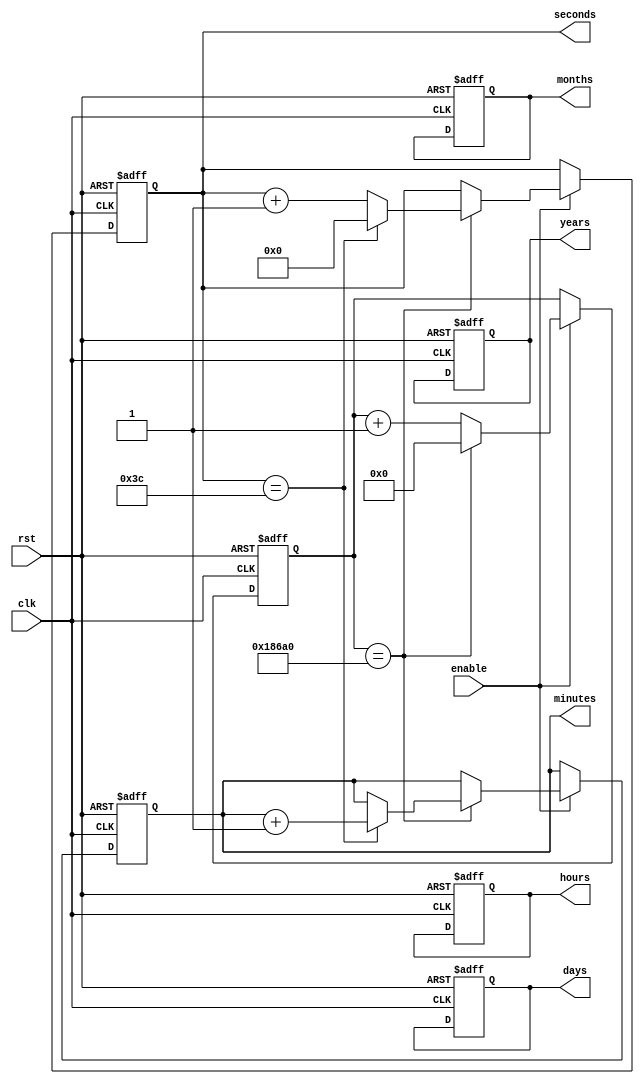
module real_time_clock (
    input clk,           // External clock source
    input rst,           // Reset input for synchronization
    input enable,        // Enable signal for the clock
    output reg[6:0] seconds,   // 7-bit counter for seconds
    output reg[6:0] minutes,   // 7-bit counter for minutes
    output reg[4:0] hours,     // 5-bit counter for hours
    output reg[4:0] days,      // 5-bit counter for days
    output reg[3:0] months,    // 4-bit counter for months
    output reg[6:0] years      // 7-bit counter for years
);

    reg[31:0] counter;
    
    always @(posedge clk or posedge rst) begin
        if (rst) begin
            counter <= 0;
            seconds <= 0;
            minutes <= 0;
            hours <= 0;
            days <= 0;
            months <= 0;
            years <= 0;
        end else begin
            if (enable) begin
                counter <= counter + 1;
                if (counter == 100000) begin
                    counter <= 0;
                    seconds <= seconds + 1;
                    if (seconds == 60) begin
                        seconds <= 0;
                        minutes <= minutes + 1;
                        // more logic for handling minutes, hours, days, months, years
                    end
                end
            end
        end
    end

endmodule